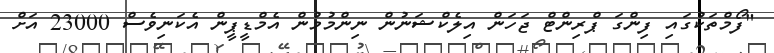
"ފޯމްތަކުގައި ފިންގަ ޕްރިންޓް ޖަހަން އިލެކްޝަނުން ނިންމުމުން އެމްޑީޕީން އެކަނިވެސް 23000 އަށް